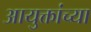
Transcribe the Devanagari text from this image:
आयुक्तांच्या